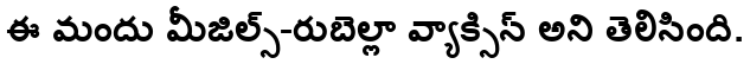
ఈ మందు మీజిల్స్-రుబెల్లా వ్యాక్సిన్ అని తెలిసింది.